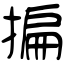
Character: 揙